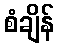
စံချိန်